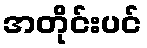
အတိုင်းပင်